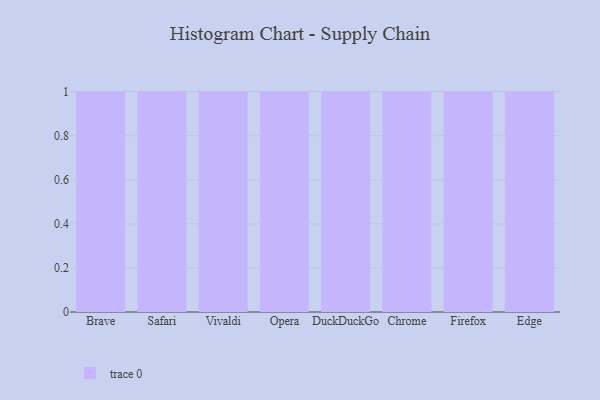
{"axis": {"x": "Browser", "y": "Energy Usage (MWh)"}, "legend": [""], "data": [{"x": "Brave", "y": 86, "type": ""}, {"x": "Safari", "y": 78, "type": ""}, {"x": "Vivaldi", "y": 7, "type": ""}, {"x": "Opera", "y": 4, "type": ""}, {"x": "DuckDuckGo", "y": 18, "type": ""}, {"x": "Chrome", "y": 22, "type": ""}, {"x": "Firefox", "y": 63, "type": ""}, {"x": "Edge", "y": 91, "type": ""}]}